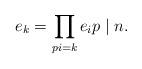
LaTeX: \begin{align*}e_{k}=\prod_{pi=k}e_{i}p\mid n.\end{align*}